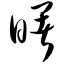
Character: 曙